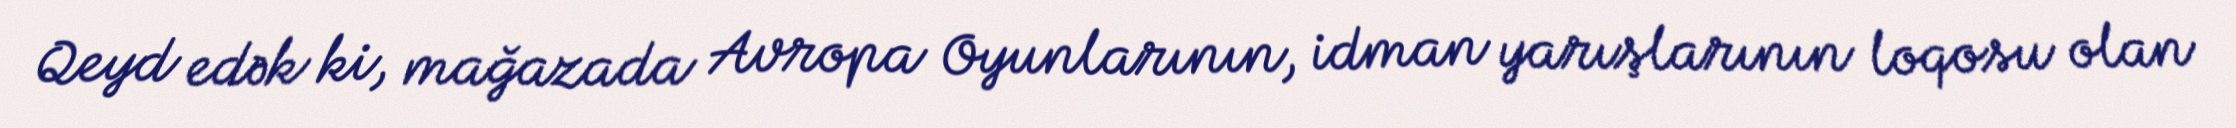
Qeyd edək ki, mağazada Avropa Oyunlarının, idman yarışlarının loqosu olan